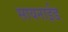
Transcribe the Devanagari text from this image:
सायनाईड